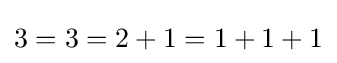
3=3=2+1=1+1+1